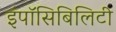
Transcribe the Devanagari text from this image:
इंपॉसिबिलिटी